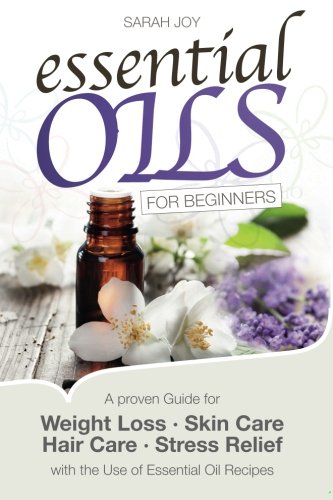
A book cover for Essential Oils For Beginners: A proven Guide for Essential Oils and Aromatherapy for Weight Loss,  Stress Relief and a better Life; Sarah Joy; Health, Fitness & Dieting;